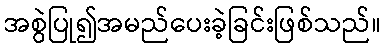
အစွဲပြု၍အမည်ပေးခဲ့ခြင်းဖြစ်သည်။